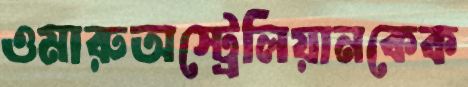
ওমারুঅস্ট্রেলিয়ানকেক